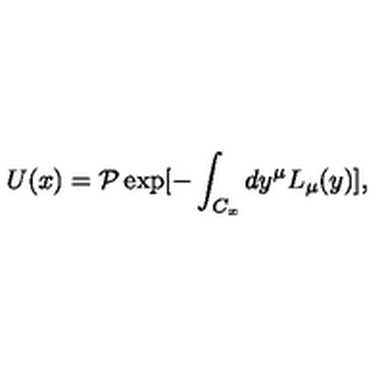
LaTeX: U ( x ) = { \cal P } \exp [ - \int _ { C _ { x } } d y ^ { \mu } L _ { \mu } ( y ) ] ,